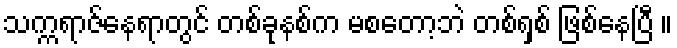
သက္ကရာဇ်နေရာတွင် တစ်ခုနစ်က မစတော့ဘဲ တစ်ရှစ် ဖြစ်နေပြီ ။